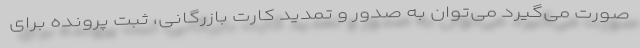
صورت می‌گیرد می‌توان به صدور و تمدید کارت بازرگانی، ثبت پرونده برای